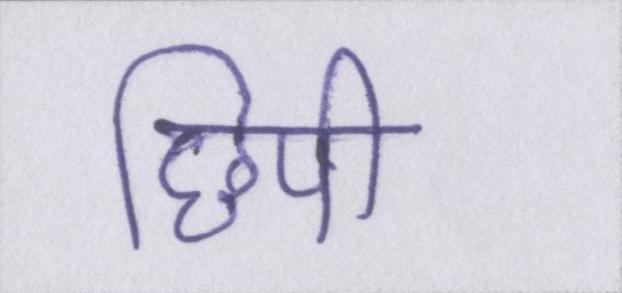
छिपी